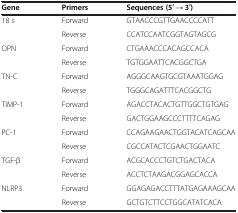
| Gene | Primers | Sequences (5′ → 3′) |
 | --- | --- | --- |
 | <ROWSPAN=2> 18 s | Forward | GTAACCCGTTGAACCCCATT |
 | Reverse | CCATCCAATCGGTAGTAGCG |
 | <ROWSPAN=2> OPN | Forward | CTGAAACCCACAGCCACA |
 | Reverse | TGTGGAATTCACGGCTGA |
 | <ROWSPAN=2> TN-C | Forward | AGGGCAAGTGCGTAAATGGAG |
 | Reverse | TGGGCAGATTTCACGGCTG |
 | <ROWSPAN=2> TIMP-1 | Forward | AGACCTACACTGTTGGCTGTGAG |
 | Reverse | GACTGGAAGCCCTTTTCAGAG |
 | <ROWSPAN=2> PC-1 | Forward | CCAGAAGAACTGGTACATCAGCAA |
 | Reverse | CGCCATACTCGAACTGGAATC |
 | <ROWSPAN=2> TGF-β | Forward | ACGCACCCTGTCTGACTACA |
 | Reverse | ACCTCTAAGACGGAGCACCA |
 | <ROWSPAN=2> NLRP3 | Forward | GGAGAGACCTTTATGAGAAAGCAA |
 | Reverse | GCTGTCTTCCTGGCATATCACA |